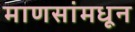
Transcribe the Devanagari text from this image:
माणसांमधून